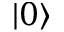
| 0 \rangle